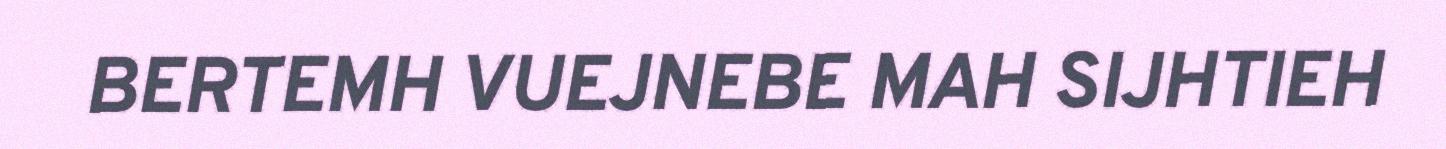
BERTEMH VUEJNEBE MAH SIJHTIEH